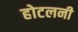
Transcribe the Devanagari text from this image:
होटलनी